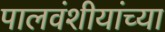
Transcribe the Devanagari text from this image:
पालवंशीयांच्या